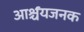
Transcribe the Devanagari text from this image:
आर्श्चयजनक